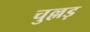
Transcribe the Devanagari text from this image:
चुल्लड़